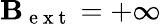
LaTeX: \mathbf{B}_{\mathrm{{~e~x~t~}}}=+\infty